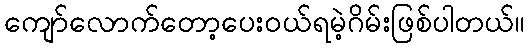
ကျော်လောက်တော့ပေးဝယ်ရမဲ့ဂိမ်းဖြစ်ပါတယ်။